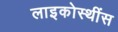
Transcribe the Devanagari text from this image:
लाइकोस्थींस